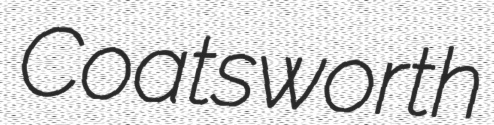
Coatsworth